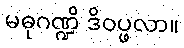
မဓုဂဏ္ဍိ ဒိဝပ္ဖလာ။